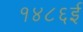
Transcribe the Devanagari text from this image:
१४८६ई